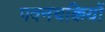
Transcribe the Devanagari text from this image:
पवनचक्कियों